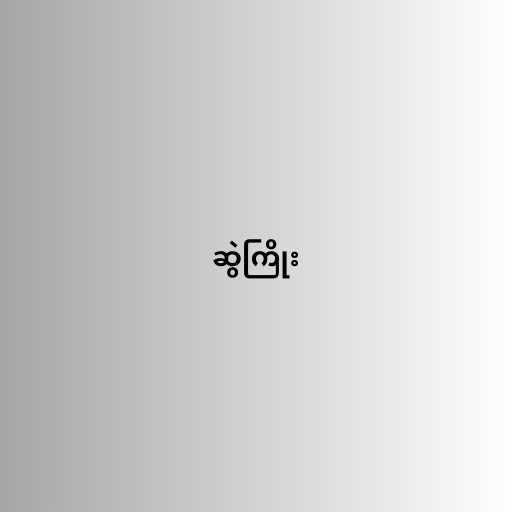
ဆွဲကြိုး